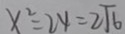
x ^ { 2 } = 2 4 = 2 \sqrt { 6 }